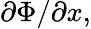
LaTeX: \partial\Phi/\partial{x},